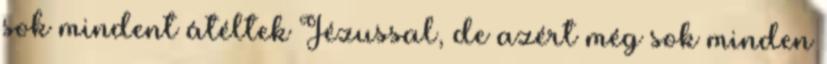
sok mindent átéltek Jézussal, de azért még sok minden